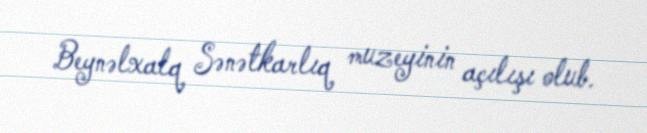
Beynəlxalq Sənətkarlıq muzeyinin açılışı olub.